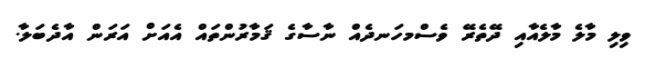
ވިލި މާލެ މާލެއާއި ދޭތެރޭ ވެސްމހަނދެއް ނާސާގެ ޤަމާރުންތައް އެއަށް އަރަން އާދެބަލާ.